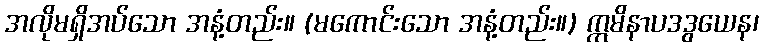
အလိုမရှိအပ်သော အနံ့တည်း။ (မကောင်းသော အနံ့တည်း။) ဣမိနာပဒဒွယေန၊